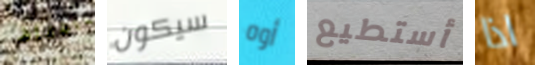
بالحفاظ سيكون أوه أستطيع اذا